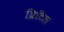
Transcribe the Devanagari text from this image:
ब्रिटिल